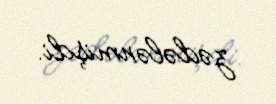
zədələnmişdi.